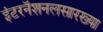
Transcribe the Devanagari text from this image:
इंटरनॅशनलसारख्या